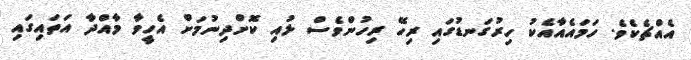
އެއްޗެކެވެ. ހަމައެއާއެކު ހިރުގަނޑުގައި ރިހޭ ރިހުންވެސް ލުއި ކޮށްދިނުމަށް އެހީވާ މާއްދާ އަތައިގައި